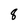
Character: 8